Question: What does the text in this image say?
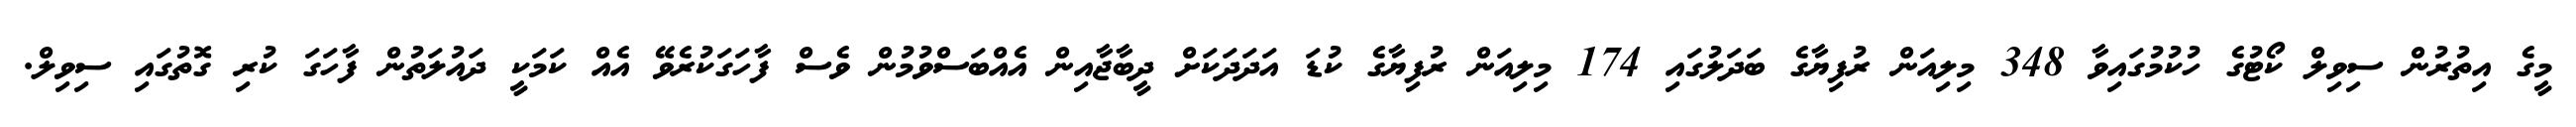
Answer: މީގެ އިތުރުން ސިވިލް ކޯޓުގެ ހުކުމުގައިވާ 348 މިލިއަން ރުފިޔާގެ ބަދަލުގައި 174 މިލިއަން ރުފިޔާގެ ކުޑަ އަދަދަކަށް ދީބާޖާއިން އެއްބަސްވުމުން ވެސް ފާހަގަކުރެވޭ އެއް ކަމަކީ ދައުލަތުން ފާހަގަ ކުރި ގޮތުގައި ސިވިލް.